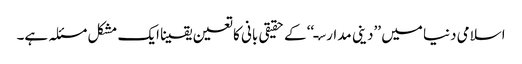
اسلامی دنیا میں ’’دینی مدارسـ‘‘ کے حقیقی بانی کا تعین یقینا ایک مشکل مسئلہ ہے۔